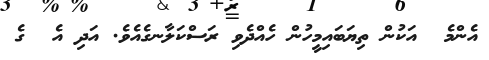
އެންމެ  އަކުން ތިޔަބައިމީހުން ހެއްދެވި ރަސްކަލާނގެއެވެ. އަދި އެ  ގެ